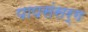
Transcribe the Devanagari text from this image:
पापसंसर्ग